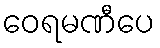
ဝေရမဏီပေ